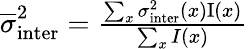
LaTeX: \begin{array}{r}{\overline{{\sigma}}_{\mathrm{inter}}^{2}=\frac{\sum_{x}\sigma_{\mathrm{inter}}^{2}(x)\mathrm{I}(x)}{\sum_{x}I(x)}}\end{array}